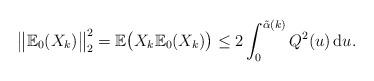
LaTeX: \begin{align*}\bigl\Vert \mathbb{E}_{0}(X_{k})\bigr\Vert_{2}^{2}=\mathbb{E} \bigl(X_{k}{\mathbb{E}}_{0}(X_{k})\bigr)\leq 2\int_{0}^{\tilde{\alpha}(k)}Q^{2}(u)\,\mathrm{d}u.\end{align*}